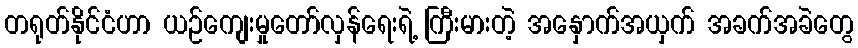
တရုတ်နိုင်ငံဟာ ယဉ်ကျေးမှုတော်လှန်ရေးရဲ့ ကြီးမားတဲ့ အနှောက်အယှက် အခက်အခဲတွေ